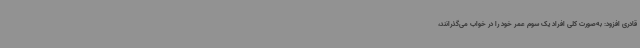
قادری افزود: به‌صورت کلی افراد یک سوم عمر خود را در خواب می‌گذرانند،